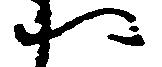
へ